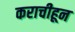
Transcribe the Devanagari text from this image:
कराचीहून